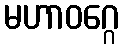
မဟာဝဂ္ဂေ